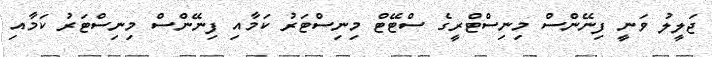
ޖަލީލު ވަނީ ފިނޭންސް މިނިސްޓްރީގެ ސްޓޭޓް މިނިސްޓަރު ކަމާއި ފިނޭންސް މިނިސްޓަރު ކަމާއި